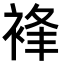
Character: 𧚋